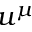
u ^ { \mu }